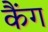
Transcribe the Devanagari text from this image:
कैंग